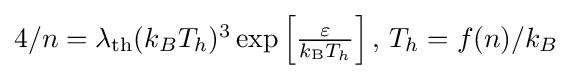
{\textstyle 4/n=\lambda _{\text{th}}(k_{B}T_{h})^{3}\exp \left[{\frac {\varepsilon }{k_{\text{B}}T_{h}}}\right],\,T_{h}=f(n)/k_{B}}